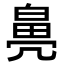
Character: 𤾒